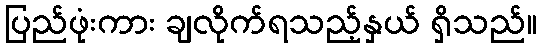
ပြည်ဖုံးကား ချလိုက်ရသည့်နှယ် ရှိသည်။